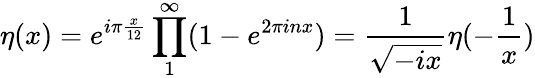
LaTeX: \eta(x)=e^{i\pi\frac{x}{12}}\prod_{1}^{\infty}(1-e^{2\pi inx})=\frac{1}{\sqrt{-ix}}\eta(-\frac{1}{x})